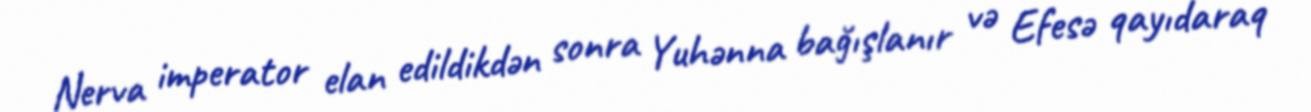
Nerva imperator elan edildikdən sonra Yuhənna bağışlanır və Efesə qayıdaraq